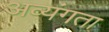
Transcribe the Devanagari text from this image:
अव्यंगता